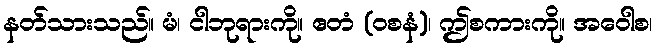
နတ်သားသည်။ မံ၊ ငါဘုရားကို။ ဧတံ (ဝစနံ)၊ ဤစကားကို။ အဝေါစ၊